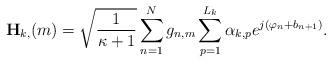
LaTeX: \begin{align*}\mathbf{H}_{k,}(m) = \sqrt{\frac{1}{\kappa+1}} \sum_{n=1}^N g_{n,m} \sum_{p=1}^{L_k} \alpha_{k,p} e^{j (\varphi_n+b_{n+1})}.\end{align*}